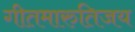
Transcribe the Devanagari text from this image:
गीतमारुतिजय